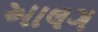
આલગ